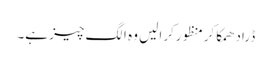
ڈرادھمکاکرمنظورکرالیں وہ الگ چیز ہے۔